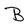
Character: B